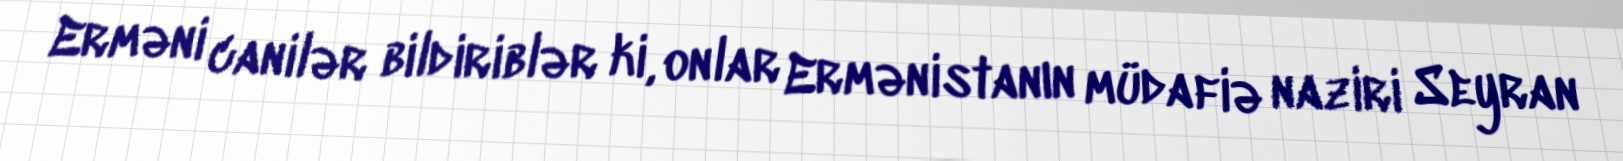
Erməni canilər bildiriblər ki, onlar Ermənistanın müdafiə naziri Seyran